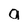
Character: a